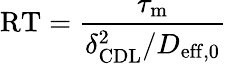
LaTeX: \mathrm{RT}=\frac{\tau_{\mathrm{m}}}{\delta_{\mathrm{{CDL}}}^{2}/D_{\mathrm{{eff},0}}}